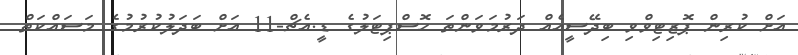
އަށް ކުރިން ޕޮޒިޓިވްވި ބިދޭސީއެއް ދަރުމަވަންތަ ހޮސްޕިޓަލުގެ ޑީ.އެޗް-11 އަށް ބަދަލުކުރުމުގެ މަސައްކަތް